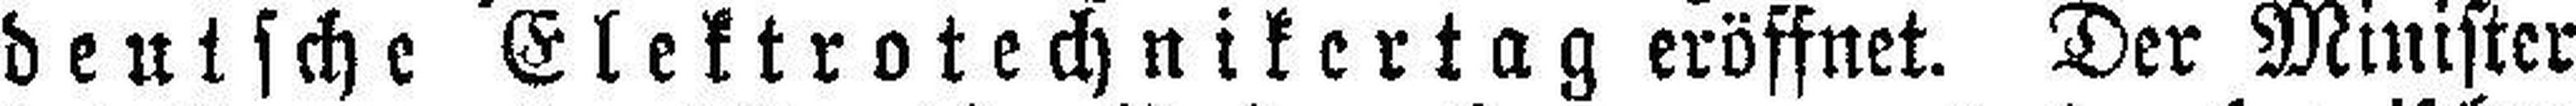
deutsche Elektrotechnikertag eröffnet. Der Minister